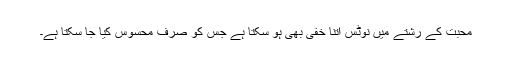
محبت کے رشتے میں نوٹس اتنا خفی بھی ہو سکتا ہے جس کو صرف محسوس کیا جا سکتا ہے۔